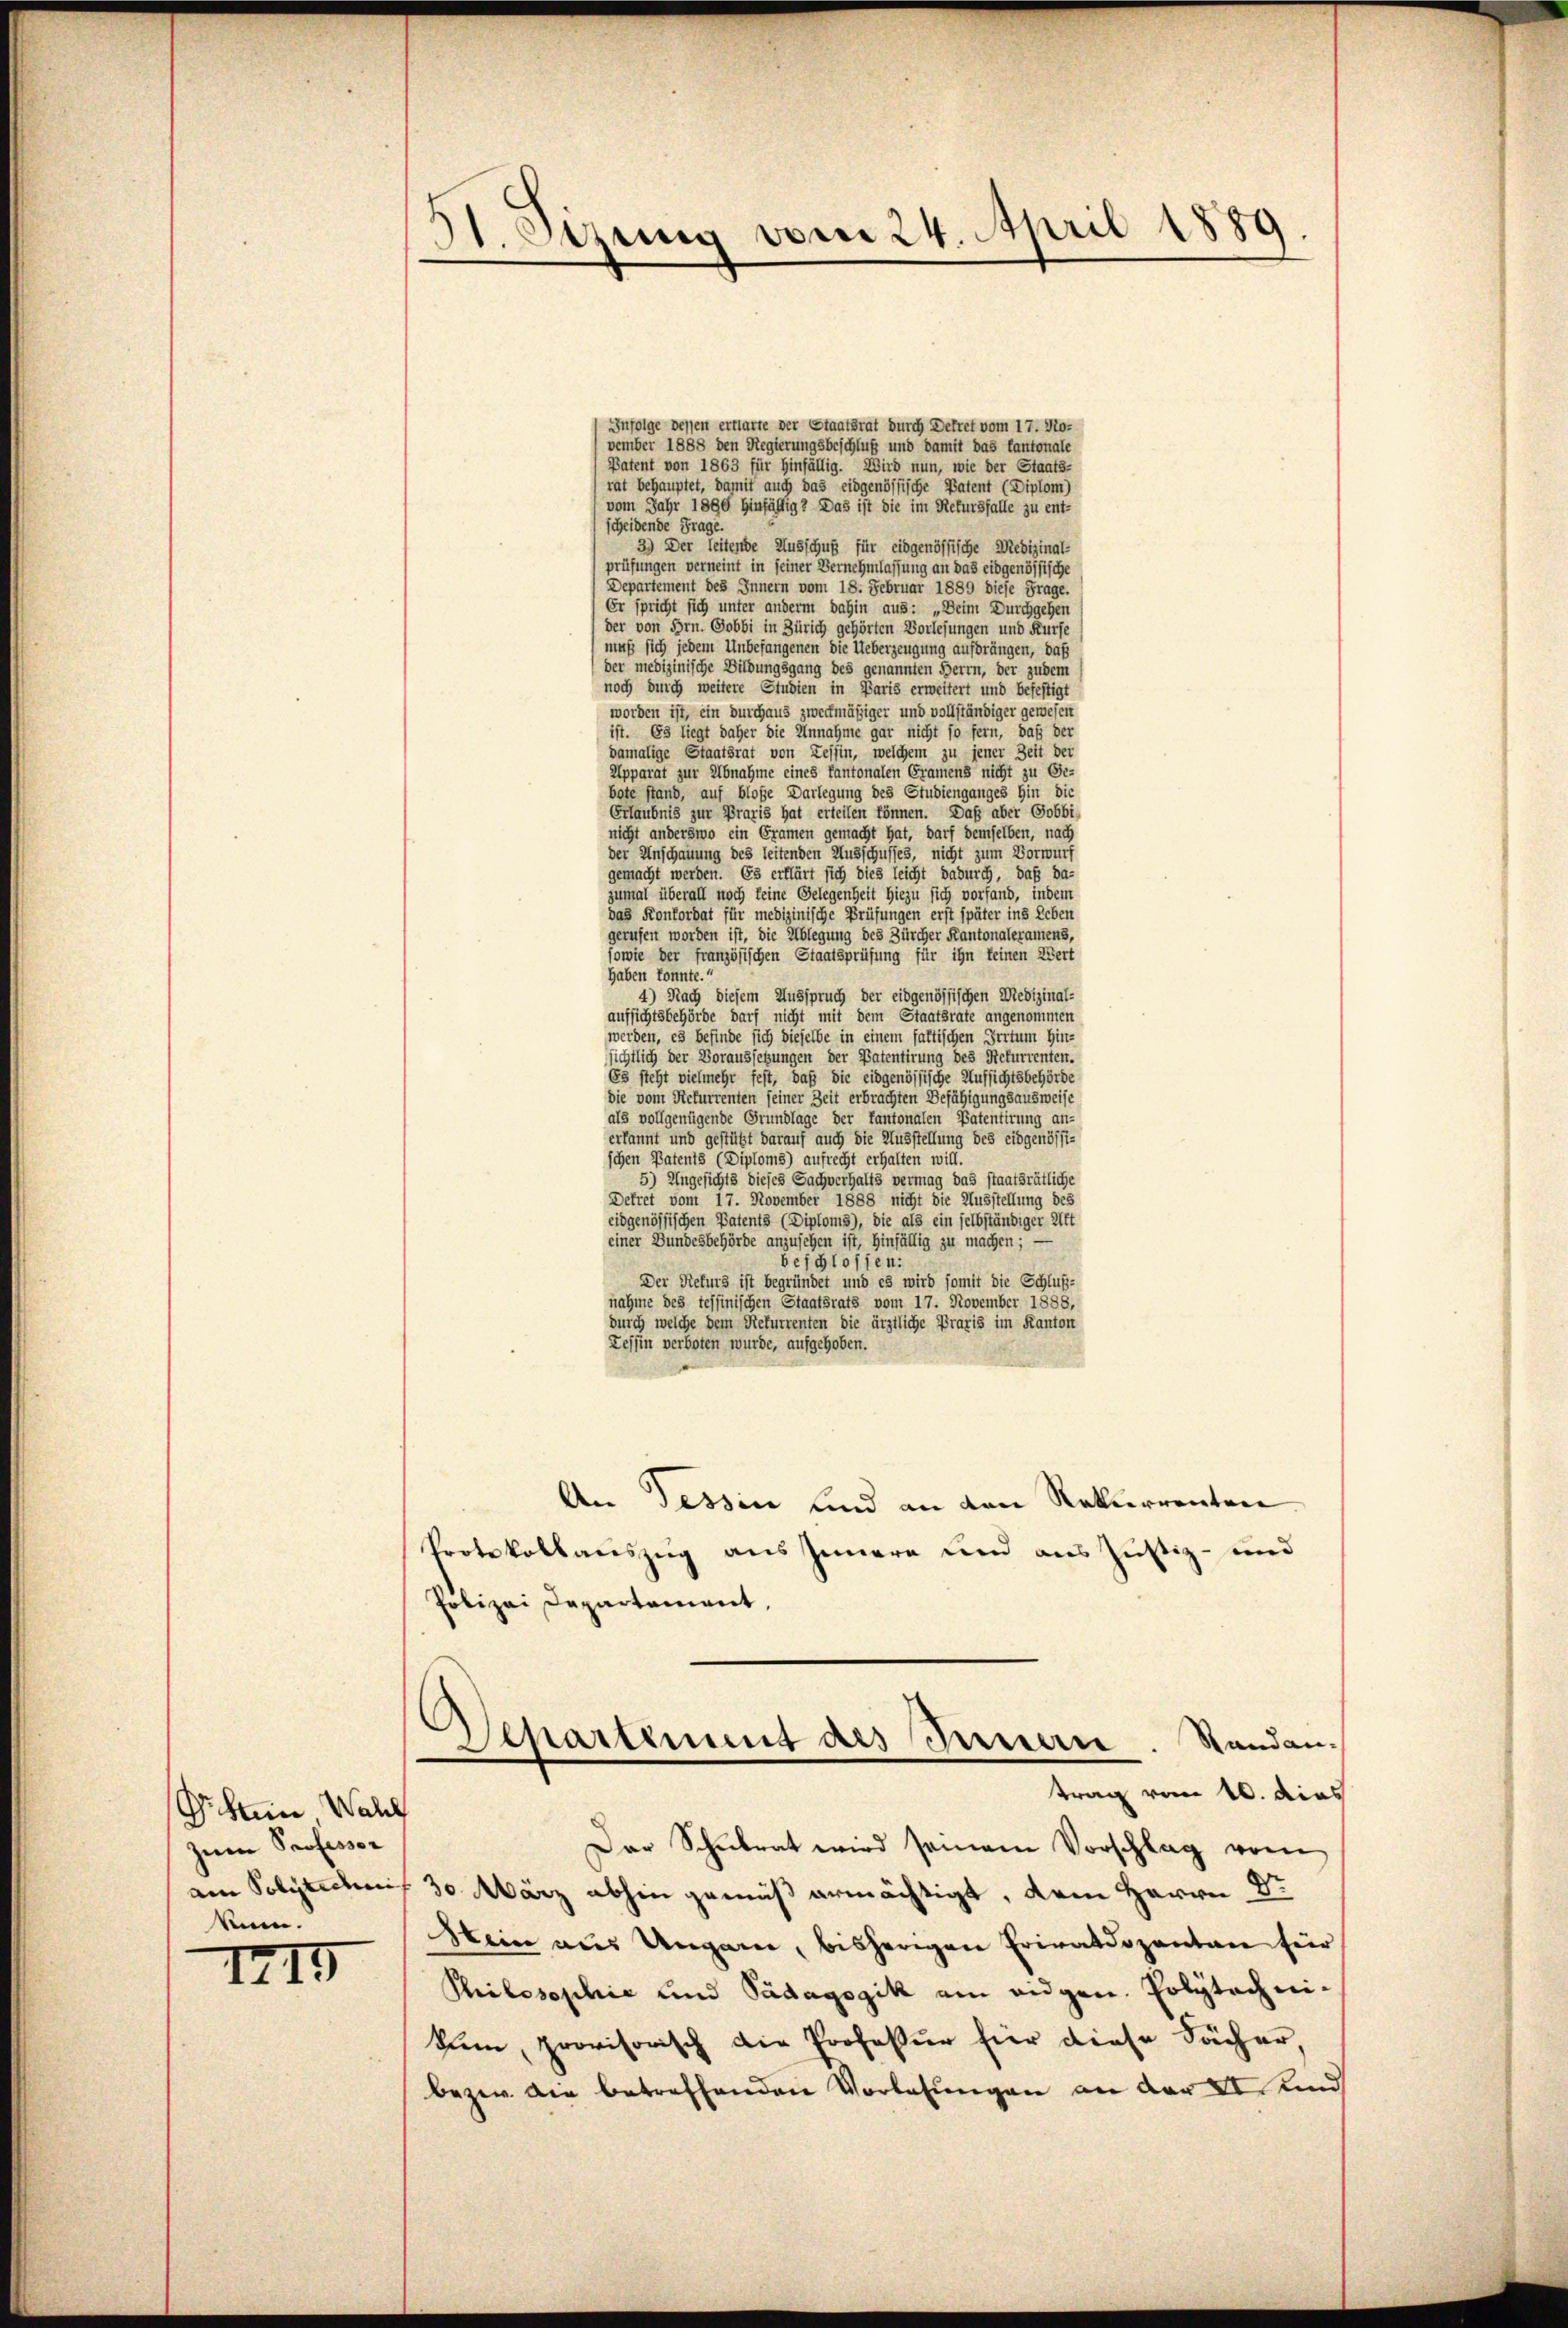
Geheim Wall
zen Professor
ain Polytechen |
knen.

1215

51. Sirius vom 24. April 1889.

Infolge dessen erklärte der Staatsrat durch Dekret vom 17. No-
vember 1888 den Regierungsbeschluß und damit das kantonale
Patent von 1863 für Hinfällig. Wird nun, wie der Staats-
rat behauptet, damit auch das eidgenössische Patent (Diplom)
vom Jahr 1890 hinfällig? Das ist die im Rekursfalle zu ent-
scheidende Frage.
3) Der leitende Ausschuß für eidgenössische Medizinal-
prüfungen verneint in seiner Vernehmlassung an das eidgenössische
Departement des Innern vom 18. Februar 1889 diese Frage.
Er spricht sich unter anderm dahin aus: „Beim Durchgehen
der von Hrn. Gobbi in Zürich gehörten Vorlesungen und Kurse
muß sich jedem Unbefangenen die Ueberzeugung aufdrängen, daß
der medizinische Bildungsgang des genannten Herrn, der zudem
noch durch weitere Studien in Paris erweitert und befestigt
worden ist, ein durchaus zweckmäßiger und vollständiger gewesen
ist. Es liegt daher die Unnahme gar nicht so fern, daß der
damalige Staatsrat von Zessin, welchem zu jener Zeit der
Apparat zur Abnahme eines kantonalen Gramens nicht zu Ge-
bote stand, auf bloße Darlegung des Studienganges hin die
Erlaubnis zur Praxis hat erteilen können. Daß aber Gobbi-
nicht anderswo ein Gramen gemacht hat, darf demselben, nach
der Anschauung des leitenden Ausschusses, nicht zum Vorwurf
gemacht werden. Es erklärt sich dies leicht dadurch, daß da-
zumal überall noch keine Gelegenheit hiezu sich vorfand, indem
das Konkordat für medizinische Prüfungen erst später ins Leben
gerufen worden ist, die Ablegung des Zürcher Kantonaleramens,
sowie der französischen Staatsprüfung für ihn keinen Wert
haben konnte.“
4) Nach diesem Ausspruch der eidgenössischen Medizinal-
aufsichtsbehörde darf nicht mit dem Staatsrate angenommen
werden, es befinde sich dieselbe in einem faltischen Irrtum Hin-
sichtlich der Voraussetzungen der Patentirung des Rekurrenten.
65 steht vielmehr fest, daß die eidgenössische Aufsichtsbehörde
die vom Rekurrenten seiner Zeit erbrachten Befähigungsausweise
als voll genügende Grundlage der kantonalen Patentirung an-
erkannt und gestützt darauf auch die Ausstellung des eidgenössi-
schen Patents (Diploms) aufrecht erhalten will.
5) Ungesichts dieses Sachverhalts vermag das staatsrätliche
Dekret vom 17. November 1888 nicht die Ausstellung des
eidgenössischen Patents (Diploms), die als ein selbständiger Aft
einer Bundesbehörde anzusehen ist, hinfällig zu machen;
beschlossen:
Der Rekurs ist begründet und es wird somit die Schluß-
nahme des tessinischen Staatsrats vom 17. November 1888,
durch welche dem Rekurrenten die ärztliche Praxis im Kanton
Tessin verboten wurde, aufgehoben.
An Tessin sind an den Rekurrenten
Protokollauszug aus seinere und aus Justiz- und
Polizei Departement,
Departement des Innen. Standantrag vom 10. dies
Der Schulrat wird seinem Vorschlag vom
30 März abhin gemäß ermächtigt, dem Herrn Dr
Mein aus Ungarn, bisherigen Privatdozenten für
Philosophie und Pädagogik am eidgen. Polytechnikum, provisorisch die Profeßur hier diese Sacher,
beten. Die betreffenden Vorlesungen an der VI. und